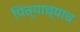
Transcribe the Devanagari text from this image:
पित्याच्याच